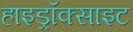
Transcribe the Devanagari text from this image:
हाइड्रॉक्साइट